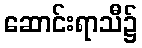
ဆောင်းရာသီ၌